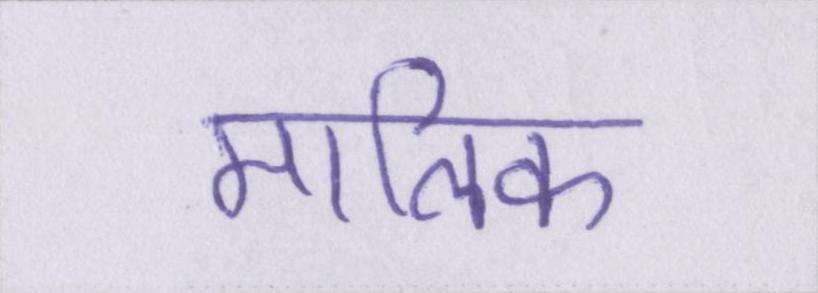
मालिक